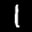
Label: 1